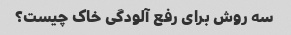
سه روش برای رفع آلودگی خاک چیست؟